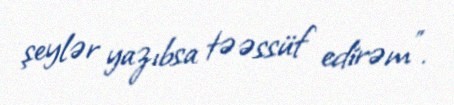
şeylər yazıbsa təəssüf edirəm”.